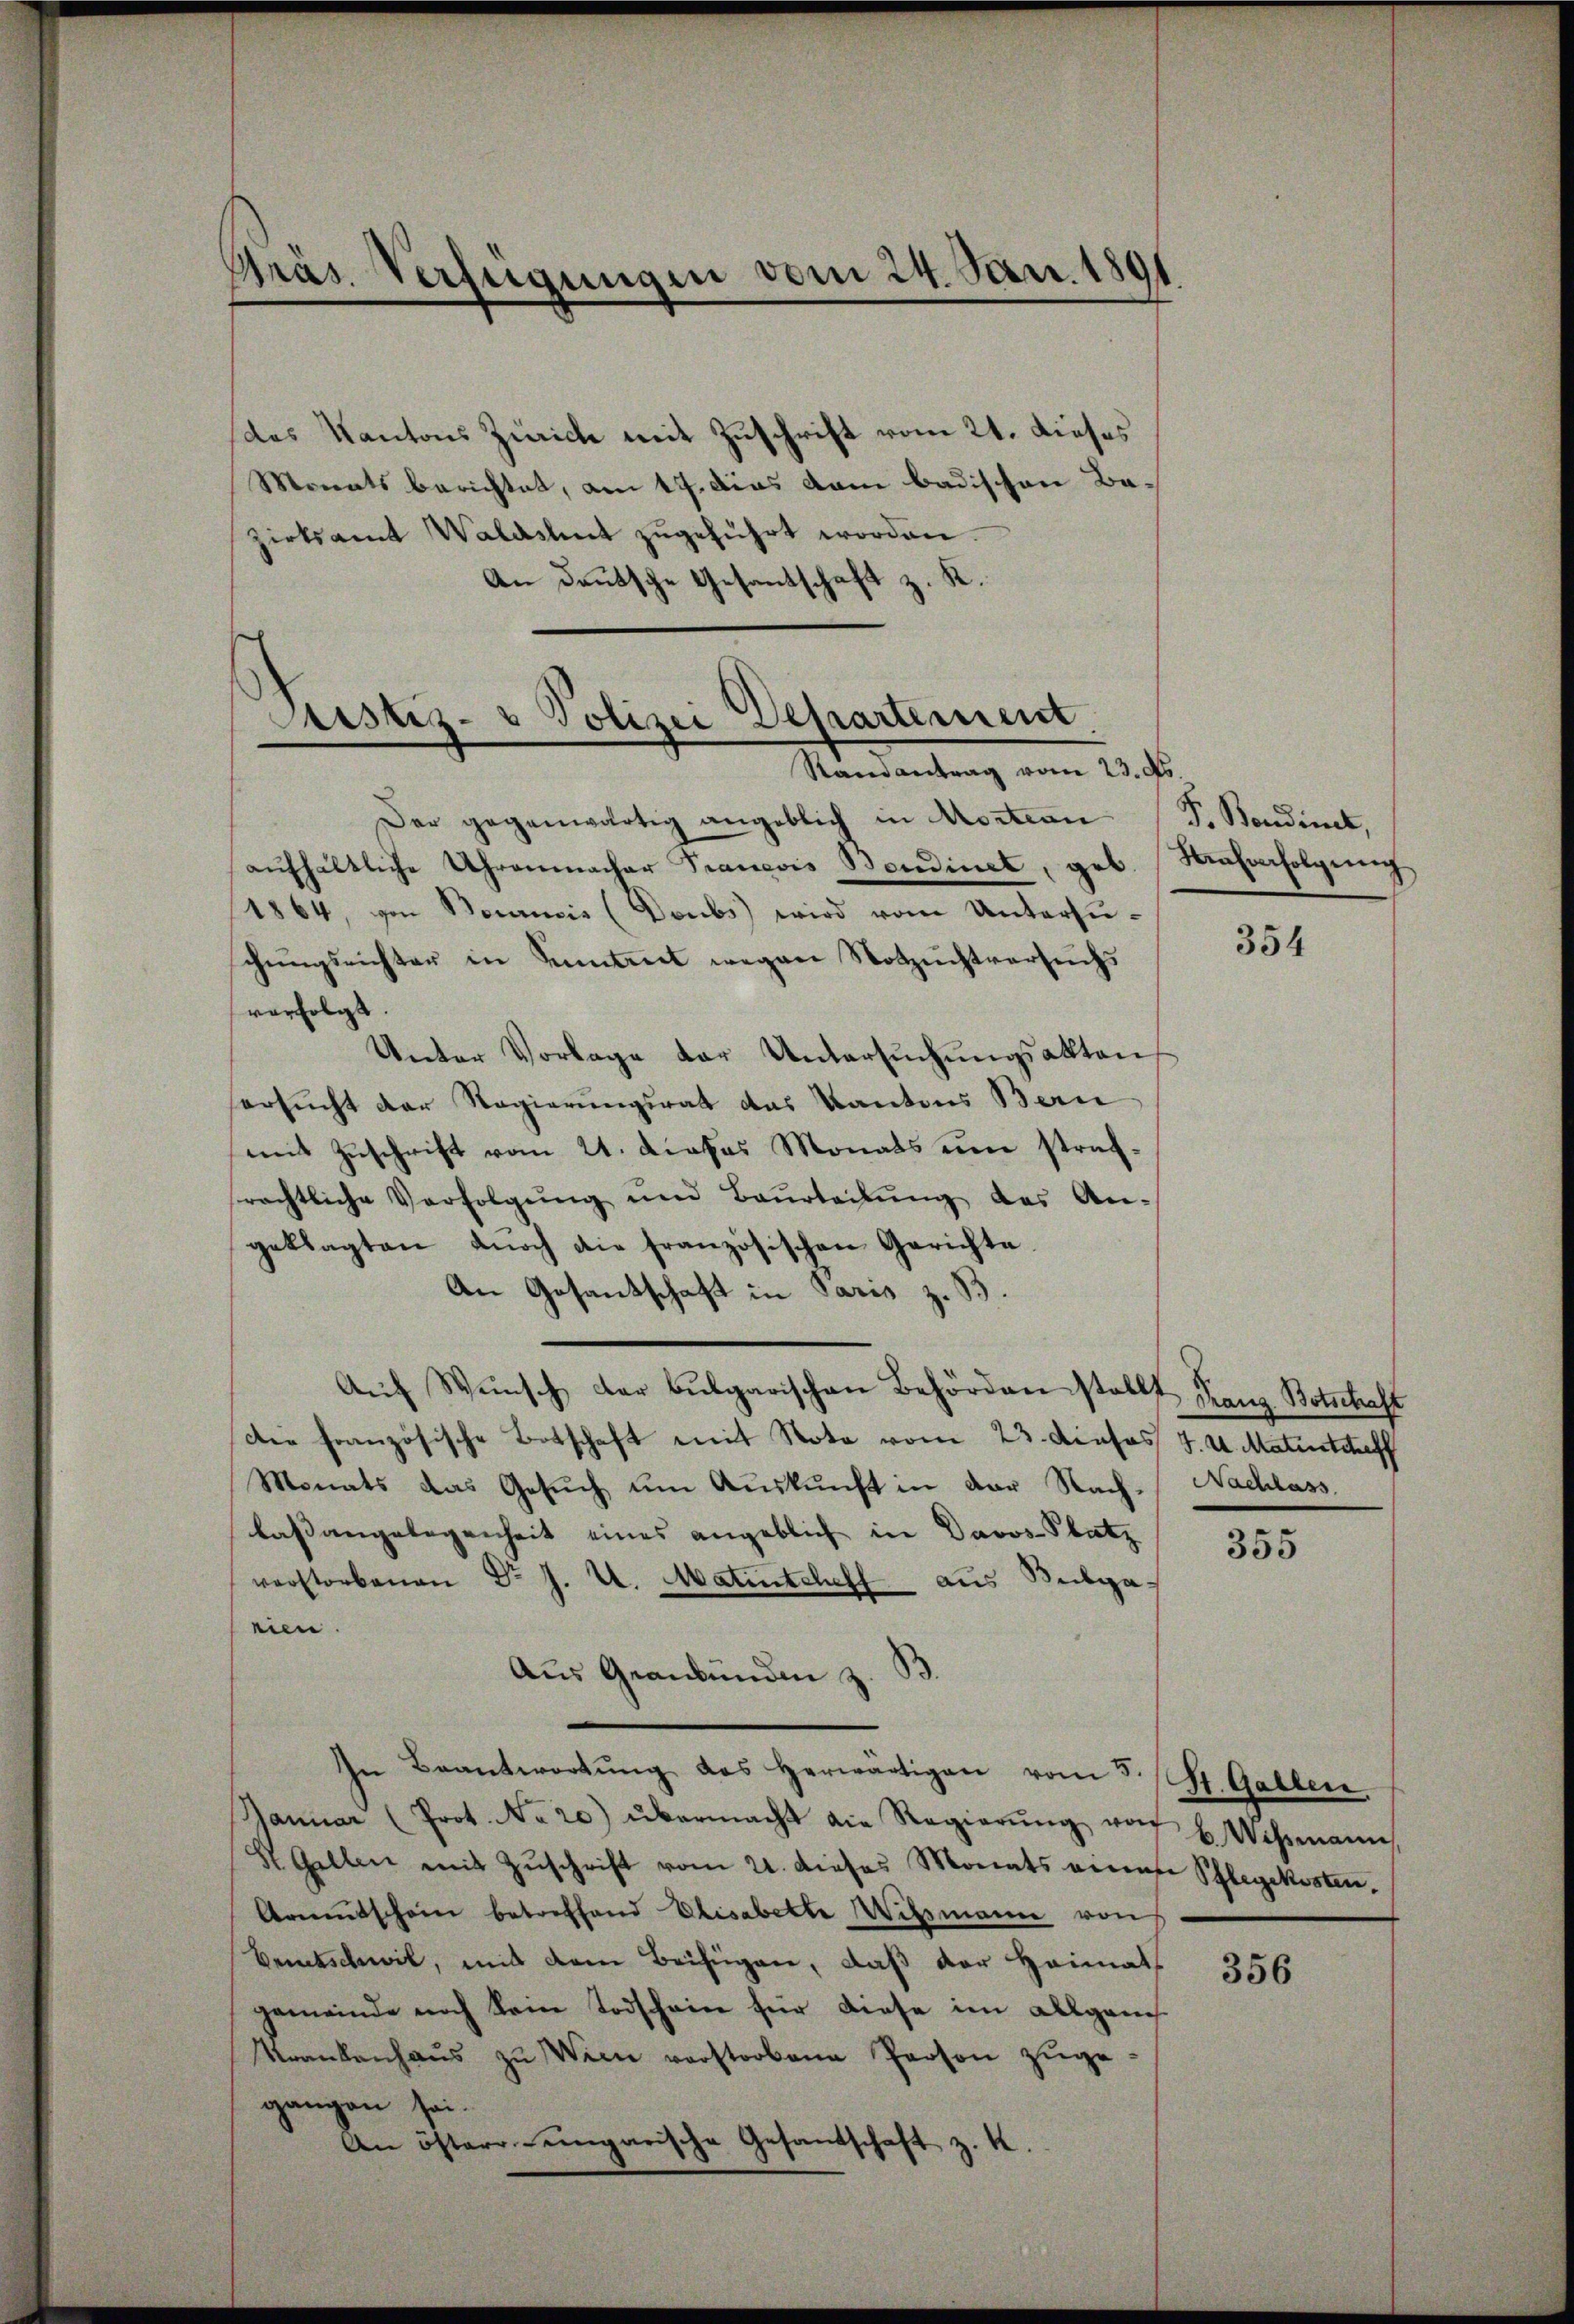
Präs. Verfügungen vom 24. Jan. 1891

des Kantons Zürich mit Zuschrift vom 21. dieses
Monatsberichtet, am 17. dies dem badischen Bazirksamt Waldshut zugeführt worden.
An deutsche Gesantschaft z. K.

Justiz- & Polizei Departement
Randantrag vom 23. ds.

Der gegenwärtig angeblich in Koitern F. Bondinet,
aŭfhältliche Uhrenmacher Prancois Baudinet, geb.
1864, von Bauancis (Doubs wird vom Untersuchungsrichter in Sammt wegen Notzuchtversuchs
verfolgt.
Unter Vorlage der Untersuchungsakten
ersucht der Regierungsrat das Kantons Bern
mit Zuschrift vom 21. Dieses Monats um strafrächtliche Verfolgŭng und Baŭrteilŭng des An-
geklagten durch die französischen Gerichte.
An Gesantschaft in Paris z. B.
Auf Wunsch der bulgarischen Behörden stellt
Die französische Botschaft mit Note vom 23. Dieses 7. v. Maturtreff
Monats das Gesuch um Auskunft in der Nach- Nachlass.
laßangelegenheit eines angeblich in Davos- Platz
verstorbenen Dr J. U. Matintcheff aus Subga.
eien.
Aus Graubünden z. B.
In Beantwortŭng des herwärtigen vom 5. 97. Gallen.
Januar (Prot. No 20) übermacht die Regierŭng von u. Wismann,
St. Gallen mit Zŭschrift vom 21. dieses Monats eine Pflegekosten
Armutschein betreffend Elisabette Witzmann von
Bemtschwil, mit dem Beifügen, daß der Heimats
gemeinde noch kein Todschein für diese im allgang
Krankenhaŭs zŭ Wien verstorbene Person zŭge
gangen sei.
An österreingarische Gesandtschaft z. K.

Nrahenfolgung

354

Franz Botschaft

355

356